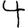
Digit: 4